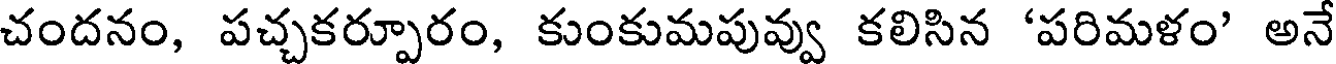
చందనం, పచ్చకర్పూరం, కుంకుమపువ్వు కలిసిన 'పరిమళం' అనే